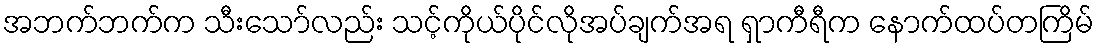
အဘက်ဘက်က သီးသော်လည်း သင့်ကိုယ်ပိုင်လိုအပ်ချက်အရ ရှာကီရီက နောက်ထပ်တကြိမ်